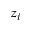
z _ { i }